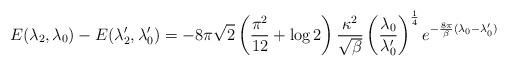
LaTeX: \begin{align*}E(\lambda_2,\lambda_0)-E(\lambda^{\prime}_2,\lambda^{\prime}_0)=-8\pi\sqrt{2}\left(\frac{\pi^2}{12}+\log 2\right)\frac{\kappa^2}{\sqrt{\beta}}\left(\frac{\lambda_0}{\lambda^{\prime}_0}\right)^{\frac{1}{4}}e^{-\frac{8\pi}{\beta}(\lambda_0-{\lambda}^{\prime}_0)}\end{align*}